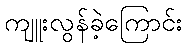
ကျူးလွန်ခဲ့ကြောင်း